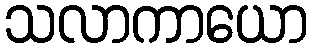
သလာကာယော